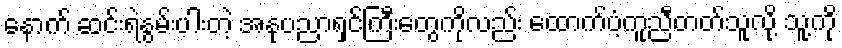
နောက် ဆင်းရဲနွမ်းပါးတဲ့ အနုပညာရှင်ကြီးတွေကိုလည်း ထောက်ပံ့ကူညီတတ်သူလို့ သူ့ကို